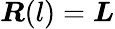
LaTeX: \boldsymbol{R}(l)=\boldsymbol{L}